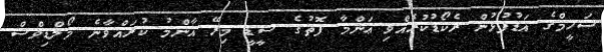
ޝަހީމްގެ އަޑުފުޅުން ރެކޯޑުކުރެއްވި ޢަންމާ ފޮތުގެ ސީޑީ މިރޭ އާންމު ކުރައްވާނެ މޯލްޑިވްސް